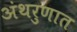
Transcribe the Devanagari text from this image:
अंथरुणात